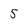
Character: 5